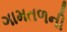
ગામતળની